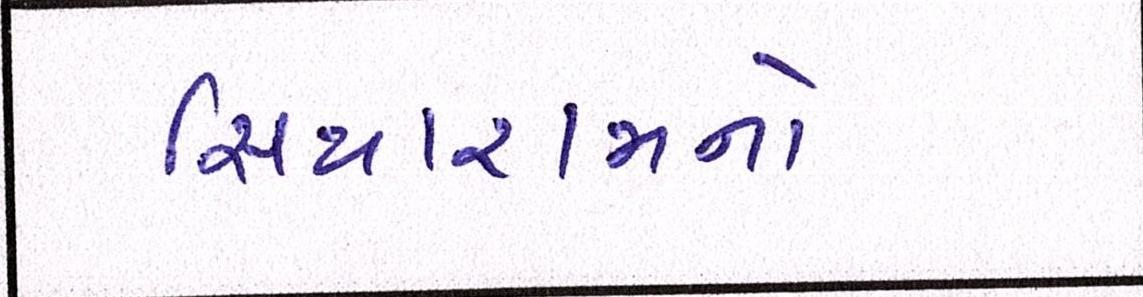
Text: સિયારામનો